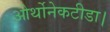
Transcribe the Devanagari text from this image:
ओर्थोनेकटीडा।